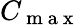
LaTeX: C_{\mathrm{~m~a~x~}}